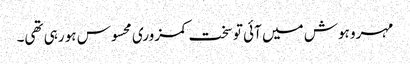
مہرو ہوش میں آئی تو سخت کمزوری محسوس ہو رہی تھی۔